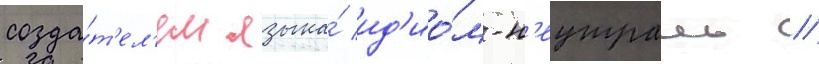
созда́т'ел'ем языка́ ид'ио́м-н'еутраль //